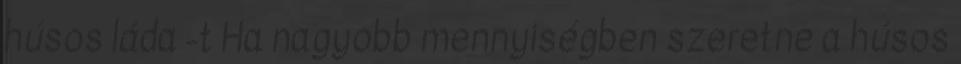
húsos láda -t Ha nagyobb mennyiségben szeretne a húsos